Indian journal of veterinary science and animal husbandry - Volume 2,
Year: 1932
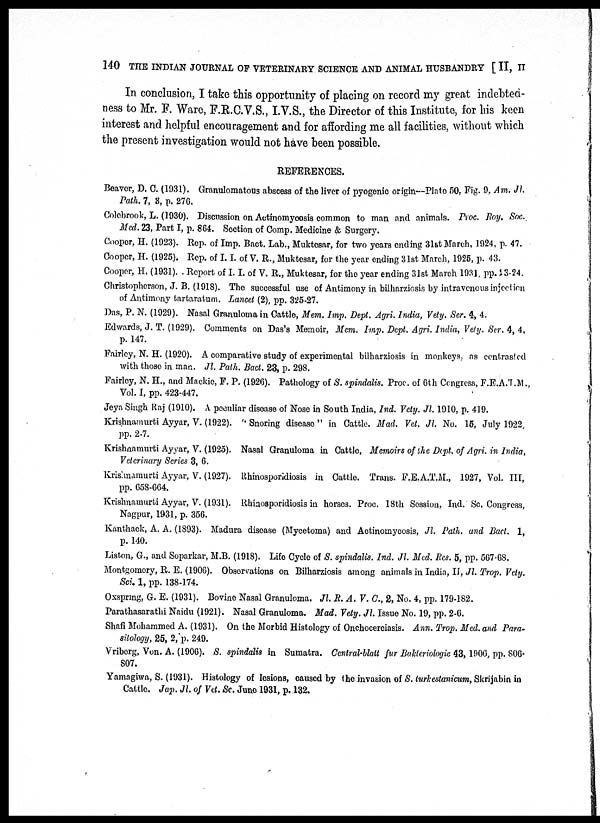
140 THE INDIAN JOURNAL OF VETERINARY SCIENCE AND ANIMAL HUSBANDRY [ II, II
In conclusion, I take this opportunity of placing on record my great indebted-
ness to Mr. F. Ware, F.R.C.V.S., I.V.S., the Director of this Institute, for his keen
interest and helpful encouragement and for affording me all facilities, without which
the present investigation would not have been possible.
REFERENCES.
Beaver, D. C. (1931). Granulomatous abscess of the liver of pyogenic origin—Plate 50, Fig. 9, Am. Jl.
Path. 7, 3, p. 276.
Colebrook, L. (1930). Discussion on Actinomycosis common to man and animals. Proc. Roy. Soc.
Med. 23, Part I, p. 864. Section of Comp. Medicine & Surgery.
Cooper, H. (1923). Rep. of Imp. Bact. Lab., Muktesar, for two years ending 31st March, 1924, p. 47.
Cooper, H. (1925). Rep. of I.I. of V. R., Muktesar, for the year ending 31st March, 1925, p. 43.
Cooper, H. (1931). . Report of I.I. of V. R., Muktesar, for the year ending 31st March 1931, pp. 23-24.
Christopherson, J. B. (1918). The successful use of Antimony in bilharziosis by intravenous injection
of Antimony tartaratum. Lancet (2), pp. 325-27.
Das, P. N. (1929). Nasal Granuloma in Cattle, Mem. Imp. Dept. Agri. India, Vety. Ser. 4, 4.
Edwards, J. T. (1929). Comments on Das's Memoir, Mem. Imp. Dept. Agri. India, Vety. Ser. 4, 4,
p. 147.
Fairley, N. H. (1920). A comparative study of experimental bilharziosis in monkeys, as contrasted
with those in man. Jl. Path. Bact. 23, p. 298.
Fairley, N. H., and Mackie, F. P. (1926). Pathology of S. spindalis. Proc. of 6th Congress, F.E.A.T.M.,
Vol. I, pp. 423-447.
Jeya Singh Raj (1910). A peculiar disease of Nose in South India, Ind. Vety. Jl. 1910, p. 419.
Krishnamurti Ayyar, V. (1922). " Snoring disease " in Cattle. Mad. Vet. Jl. No. 15, July 1922,
pp. 2-7.
Krishnamurti Ayyar, V. (1925). Nasal Granuloma in Cattle, Memoirs of the Dept. of Agri. in India,
Veterinary Series 3, 6.
Krishnamurti Ayyar, V. (1927). Rhinosporidiosis in Cattle. Trans. F.E.A.T.M., 1927, Vol. III,
pp. 658-664.
Krishnamurti Ayyar, V. (1931). Rhinosporidiosis in horses. Proc. 18th Session, Ind. Sc. Congress,
Nagpur, 1931, p. 356.
Kanthack, A. A. (1893). Madura disease (Mycetoma) and Actinomycosis, Jl. Path. and Bact. 1,
p. 140.
Liston, G., and Soparkar, M.B. (1918). Life Cycle of S. spindalis. Ind. Jl. Med. Res. 5, pp. 567-68.
Montgomery, R. E. (1906). Observations on Bilharziosis among animals in India, II, Jl. Trop. Vety.
Sci. 1, pp. 138-174.
Oxspring, G. E. (1931). Bovine Nasal Granuloma. Jl. R. A. V. C., 2, No. 4, pp. 179-182.
Parathasarathi Naidu (1921). Nasal Granuloma. Mad. Vety. Jl. Issue No. 19, pp. 2-6.
Shafi Mohammed A. (1931). On the Morbid Histology of Onchocerciasis. Ann. Trop. Med. and Para-
sitology, 25, 2, p. 249.
Vriborg, Von. A. (1906). S. spindalis in Sumatra. Central-blatt fur Bakteriologie 43, 1906, pp. 806-
807.
Yamagiwa, S. (1931). Histology of lesions, caused by the invasion of S. turkestanicum, Skrijabin in
Cattle. Jap. Jl. of Vet. Sc. June 1931, p. 132.